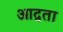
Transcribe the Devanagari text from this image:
आद्रता